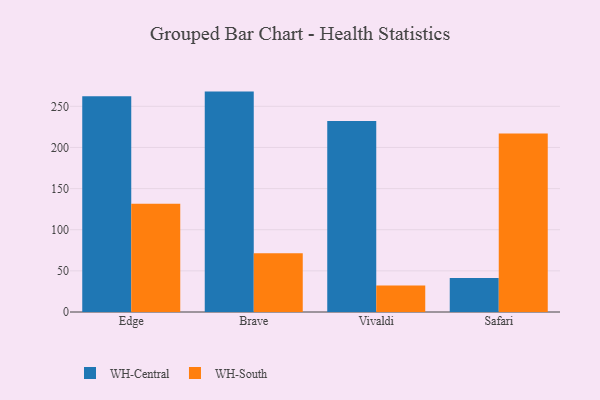
{"axis": {"x": "Browser", "y": "Market Share (%)"}, "legend": ["WH-Central", "WH-South"], "data": [{"x": "Edge", "y": 262.3, "type": "WH-Central"}, {"x": "Edge", "y": 131.5, "type": "WH-South"}, {"x": "Brave", "y": 267.9, "type": "WH-Central"}, {"x": "Brave", "y": 71.4, "type": "WH-South"}, {"x": "Vivaldi", "y": 232.1, "type": "WH-Central"}, {"x": "Vivaldi", "y": 32.2, "type": "WH-South"}, {"x": "Safari", "y": 41.2, "type": "WH-Central"}, {"x": "Safari", "y": 216.9, "type": "WH-South"}]}